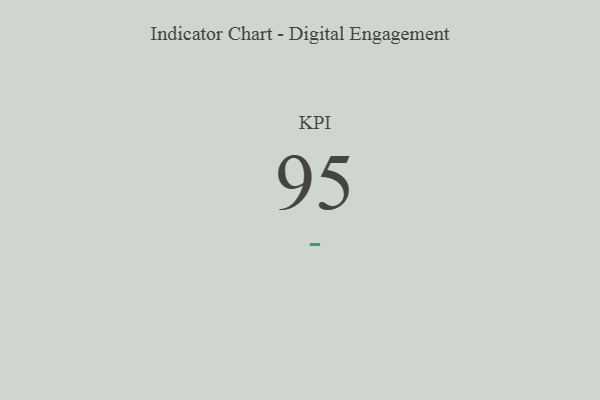
{"axis": {"x": "KPI", "y": "Value"}, "legend": [""], "data": [{"x": "KPI", "y": 95, "type": ""}]}